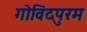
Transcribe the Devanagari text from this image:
गोविंदपुरम